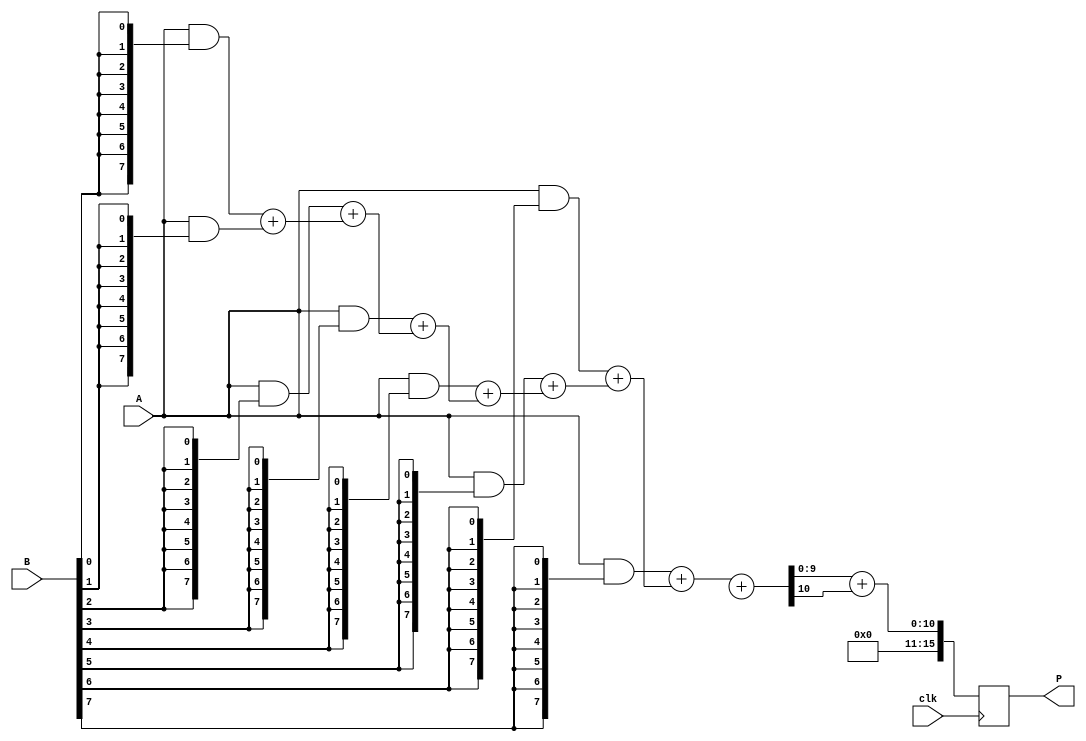
module wallace_tree_multiplier #(
    parameter N = 8 // Width of the input numbers
)(
    input clk,
    input [N-1:0] A, // Multiplicand
    input [N-1:0] B, // Multiplier
    output reg [2*N-1:0] P // Product
);

    // Partial Product Generation
    wire [N-1:0] pp [0:N-1]; // Partial products
    genvar i;
    generate
        for (i = 0; i < N; i = i + 1) begin: partial_products
            assign pp[i] = A & {N{B[i]}}; // AND operation to generate partial product
        end
    endgenerate

    // Carry-Save Adder tree
    wire [N+1:0] sum [0:N-1]; // Sums
    wire [N+1:0] carry [0:N-1]; // Carries

    // Initialize first layer of CSA
    genvar j;
    generate
        for (j = 0; j < N-1; j = j + 1) begin: cs_adders
            if (j == 0) begin
                assign {carry[0][N], sum[0]} = pp[0] + pp[1]; // First addition
            end else begin
                assign {carry[j][N], sum[j]} = pp[j + 1] + {carry[j - 1][N], sum[j - 1]};
            end
        end
    endgenerate

    // Final addition using a normal adder
    wire [N+1:0] final_sum;
    wire final_carry;
    assign {final_carry, final_sum} = {carry[N-2][N], sum[N-2]} + {1'b0, sum[N-1]};

    // Output register
    always @(posedge clk) begin
        P <= final_sum + final_carry; // Final product output
    end

endmodule